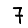
Digit: 7